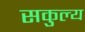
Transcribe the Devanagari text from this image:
सकुल्य